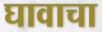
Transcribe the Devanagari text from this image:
घावाचा